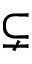
\subsetneq